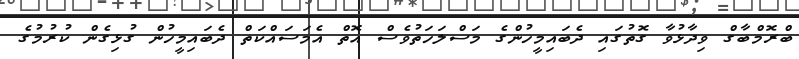
ބްރޮމްބާގް ވިދާޅުވާ ގޮތުގައި ދެބައިމީހުންގެ މަސްލަހަތުވެސް އޮތް އެމަސައްކަތް ދެބައިމީހުން ގުޅިގެން ކުރުމުގެ